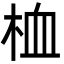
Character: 桖